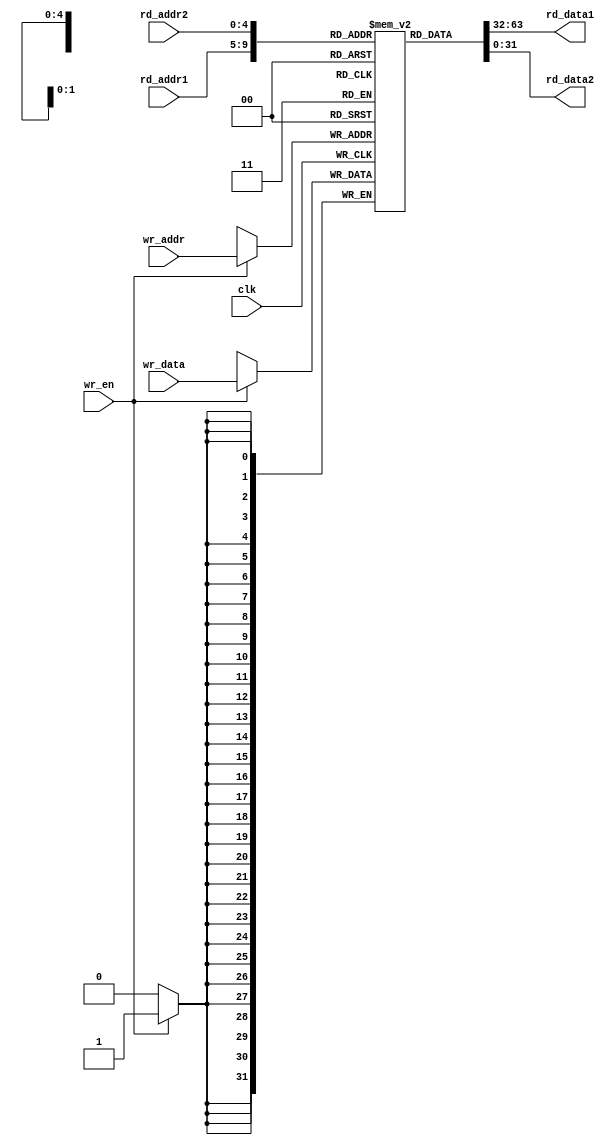
//register file for MIPS32 CPU
module reg_file #(parameter DATA_WIDTH=32)(
	input clk,
	input wr_en,
	input [4:0] rd_addr1, rd_addr2, wr_addr,
	input [DATA_WIDTH-1:0] wr_data,
	output [DATA_WIDTH-1:0] rd_data1, rd_data2
);
	
	//32 32-bit registers
	reg [DATA_WIDTH-1:0] reg_bank [0:31];
	integer i;
	
	//initialize registers
	initial begin
		for(i=0;i<32;i=i+1) reg_bank[i]=i;
	end
	
	//synchronous write logic
	always@(negedge clk) begin
		if(wr_en) reg_bank[wr_addr]<=wr_data;
	end
	
	//read logic
	assign rd_data1 = reg_bank[rd_addr1];
	assign rd_data2 = reg_bank[rd_addr2];
	
endmodule